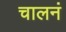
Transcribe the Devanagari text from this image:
चालनं